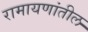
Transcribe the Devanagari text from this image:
रामायणांतील